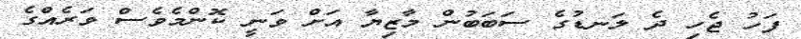
ފަހު ޖެހި ދެ ލަނޑުގެ ސަބަބުން މާޒިޔާ އަށް ވަނީ ކޮންމެވެސް ވަރެއްގެ